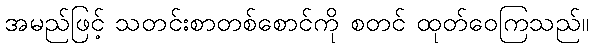
အမည်ဖြင့် သတင်းစာတစ်စောင်ကို စတင် ထုတ်ဝေကြသည်။